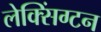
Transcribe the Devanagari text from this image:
लेक्सिंग्‍टन